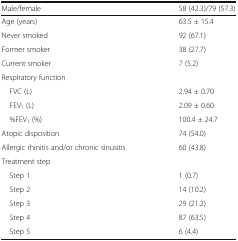
| Male/female | 58 (42.3)/79 (57.3) |
 | --- | --- |
 | Age (years) | 63.5 ± 15.4 |
 | Never smoked | 92 (67.1) |
 | Former smoker | 38 (27.7) |
 | Current smoker | 7 (5.2) |
 | <COLSPAN=2> Respiratory function |
 | FVC (L) | 2.94 ± 0.70 |
 | FEV1 (L) | 2.09 ± 0.60 |
 | %FEV1 (%) | 100.4 ± 24.7 |
 | Atopic disposition | 74 (54.0) |
 | Allergic rhinitis and/or chronic sinusitis | 60 (43.8) |
 | <COLSPAN=2> Treatment step |
 | Step 1 | 1 (0.7) |
 | Step 2 | 14 (10.2) |
 | Step 3 | 29 (21.2) |
 | Step 4 | 87 (63.5) |
 | Step 5 | 6 (4.4) |